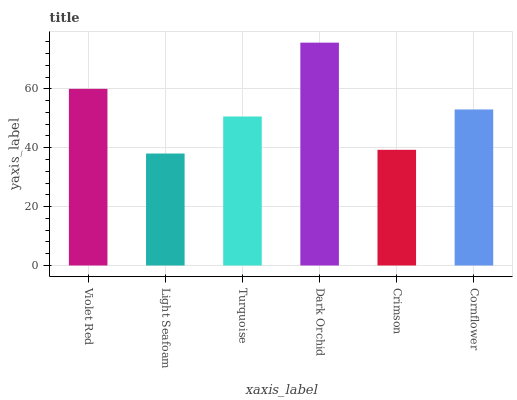
| xaxis_label | bars |
 | --- | --- |
 | Violet Red | 60 |
 | Light Seafoam | 38 |
 | Turquoise | 50.6 |
 | Dark Orchid | 75.7 |
 | Crimson | 39.3 |
 | Cornflower | 53 |